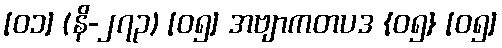
[၀၁] (နိ-၂၇၃) [၀၅] အဗျာကတပဒ {၀၅} [၀၅]